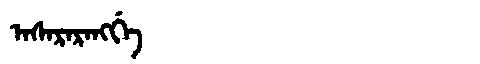
Manchu: ᠠᠰᠠᡵᠠᡵᠠᠩᡤᡝ
Romanization: ASARARANGGE